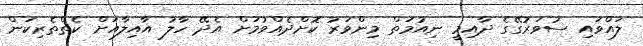
ލައްވައި ސުވަރުގޭގެ ދާއިމީ ނިއުމަތް މިންވަރު ކޮށްދެއްވުމަށް އެދޭ ހާލު އާއިލާއަށް ކެތްތެރިކަން